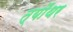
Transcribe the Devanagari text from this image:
त्यौंथर